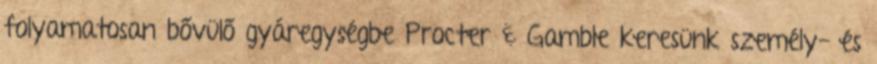
folyamatosan bővülő gyáregységbe Procter & Gamble keresünk személy- és